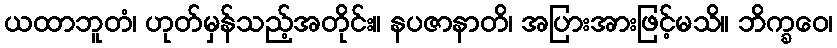
ယထာဘူတံ၊ ဟုတ်မှန်သည့်အတိုင်း။ နပဇာနာတိ၊ အပြားအားဖြင့်မသိ။ ဘိက္ခဝေ၊